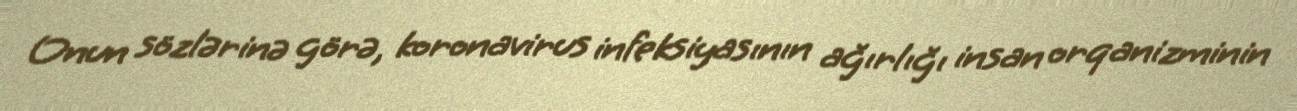
Onun sözlərinə görə, koronavirus infeksiyasının ağırlığı insan orqanizminin